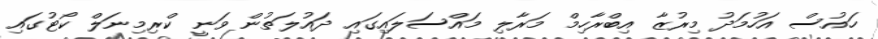
ހައުސް އަހުމަދު މިރުޒާ އިބްރާހިމް މަރާލި މައްސަލައިގައި ދައުލަތުން ވަނީ ކްރިމިނަލް ކޯޓުގައި